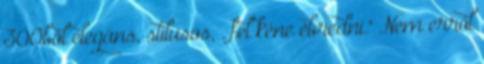
300ból elegáns, stilusos, . fel kéne ébredni." Nem erről